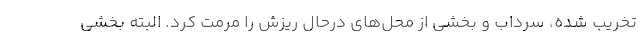
تخریب شده، سرداب و بخشی از محل‌های درحال ریزش را مرمت کرد. البته بخشی